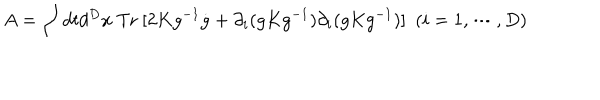
A = \int d t d ^ { D } x \mathrm { ~ T r ~ } [ 2 K g ^ { - 1 } \dot { g } + \partial _ { i } ( g K g ^ { - 1 } ) \partial _ { i } ( g K g ^ { - 1 } ) ] ~ ~ ( i = 1 , \cdots , D )